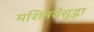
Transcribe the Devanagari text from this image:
मशिनरीसुद्धा